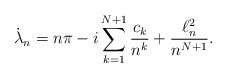
\begin{align*}\dot\lambda_n= n\pi -i\sum_{k=1}^{N+1}\frac{c_k}{n^k}+ \frac{\ell^2_n}{n^{N+1}}.\end{align*}